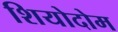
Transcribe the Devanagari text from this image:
शियोदोम